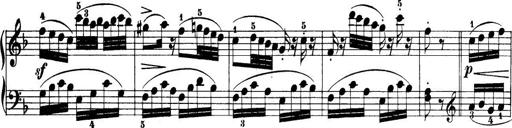
Title: 32 Sonatinas and Rondos for the Piano
Composer: Richard Kleinmichel